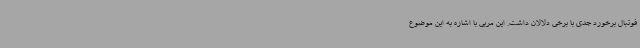
فوتبال برخورد جدی با برخی دلالان داشت. این مربی با اشاره به این موضوع